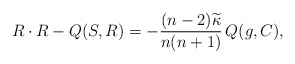
\begin{align*}R \cdot R - Q(S,R) = - \frac{(n-2) \widetilde{\kappa }}{n(n+1)}\, Q(g,C) , \end{align*}